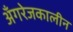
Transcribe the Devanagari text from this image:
अँगरेजकालीन